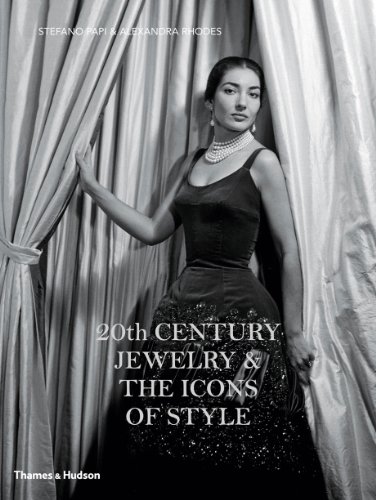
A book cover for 20th Century Jewelry & the Icons of Style; Stefano Papi; Crafts, Hobbies & Home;